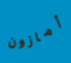
أمازون